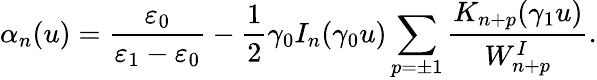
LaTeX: \alpha_{n}(u)=\frac{\varepsilon_{0}}{\varepsilon_{1}-\varepsilon_{0}}-\frac{1}{2}\gamma_{0}I_{n}(\gamma_{0}u)\sum_{p=\pm 1}\frac{K_{n+p}(\gamma_{1}u)}{W_{n+p}^{I}}.